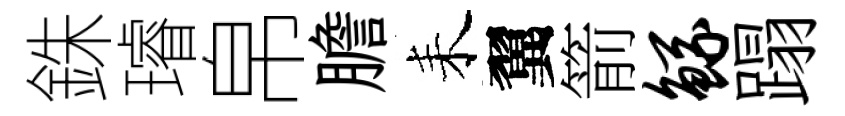
銖璿帛膽耒翼箭鲧蹋